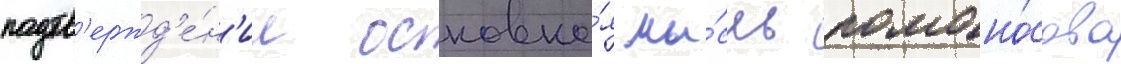
подтв'ержд'е́н'ие основна́я мы́сль ломоно́сова